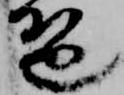
琶